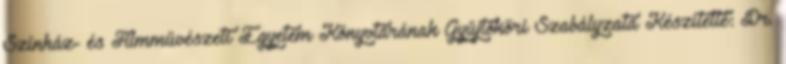
Színház- és Filmművészeti Egyetem Könyvtárának Gyűjtőköri Szabályzata Készítette: Dr.